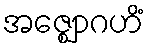
အဇ္ဈောဂဟိံ